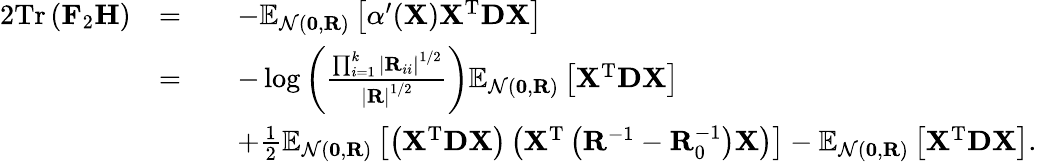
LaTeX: \begin{array}{rlrl}{{2}\mathrm{Tr}\left(\mathbf{F}_{2}\mathbf{H}\right)}&{=}&&{-\mathbb{E}_{\mathcal{N}(\mathbf{0},\mathbf{R})}\left[\alpha^{\prime}(\mathbf{X})\mathbf{X}^{\mathrm{T}}\mathbf{D}\mathbf{X}\right]}\\ &{=}&&{-\log\left(\frac{\prod_{i=1}^{k}\left|\mathbf{R}_{ii}\right|^{1/2}}{\left|\mathbf{R}\right|^{1/2}}\right)\mathbb{E}_{\mathcal{N}(\mathbf{0},\mathbf{R})}\left[\mathbf{X}^{\mathrm{T}}\mathbf{D}\mathbf{X}\right]}\\ &{}&&{+\frac{1}{2}\mathbb{E}_{\mathcal{N}(\mathbf{0},\mathbf{R})}\left[\left(\mathbf{X}^{\mathrm{T}}\mathbf{D}\mathbf{X}\right)\left(\mathbf{X}^{\mathrm{T}}\left(\mathbf{R}^{-1}-\mathbf{R}_{0}^{-1}\right)\mathbf{X}\right)\right]-\mathbb{E}_{\mathcal{N}(\mathbf{0},\mathbf{R})}\left[\mathbf{X}^{\mathrm{T}}\mathbf{D}\mathbf{X}\right].}\end{array}